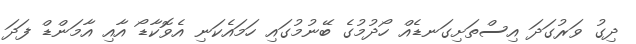
ދިގު ވަރުގަދަ އިސްތަށިގަނޑެއް ހޯދުމުގެ ބޭނުމުގައި ހަމައެކަނި އެވޮކާޑޯ އާއި އާމަންޑް ފަދަ